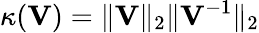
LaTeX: \kappa(\mathbf{V})=\| \mathbf{V}\| _{2}\| \mathbf{V}^{-1}\| _{2}